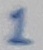
Text: 1